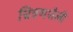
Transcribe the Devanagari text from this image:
चित्रणशैली